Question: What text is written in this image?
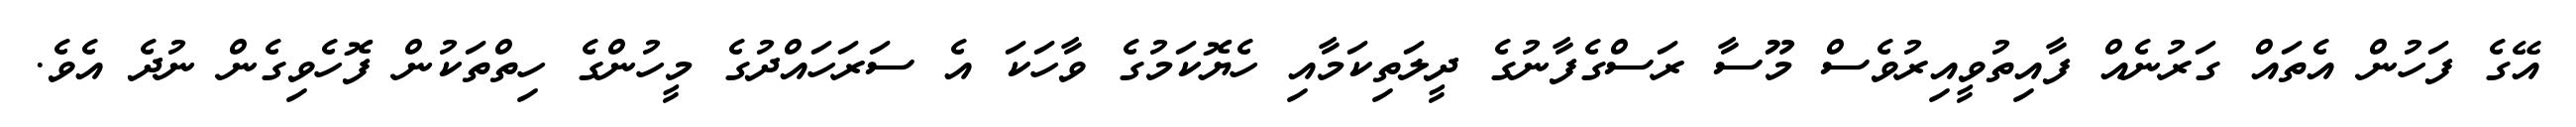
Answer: އޭގެ ފަހުން އެތައް ގަރުނެއް ފާއިތުވީއިރުވެސް މޫސާ ރަސްގެފާނުގެ ދީލަތިކަމާއި ހެޔޮކަމުގެ ވާހަކަ އެ ސަރަހައްދުގެ މީހުންގެ ހިތްތަކުން ފޮހެވިގެން ނުދެ އެވެ.